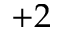
+ 2